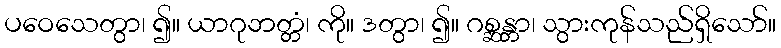
ပဝေသေတွာ၊ ၍။ ယာဂုဘတ္တံ၊ ကို။ ဒတွာ၊ ၍။ ဂစ္ဆန္တာ၊ သွားကုန်သည်ရှိသော်။